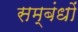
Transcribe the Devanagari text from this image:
सम्बंधोंं